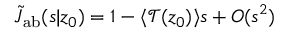
\tilde { J } _ { \mathrm { { a b } } } ( s | z _ { 0 } ) = 1 - \langle \mathcal { T } ( z _ { 0 } ) \rangle s + O ( s ^ { 2 } )